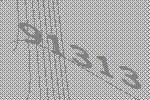
91313